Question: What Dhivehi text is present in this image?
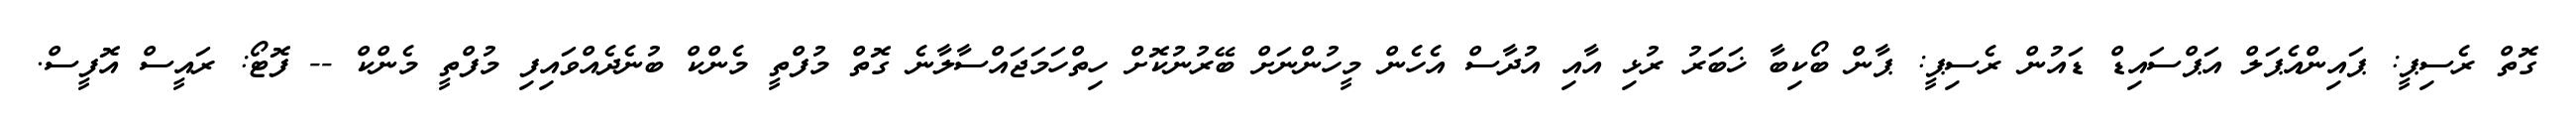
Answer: ގޮތް ރެސިޕީ: ޕައިންއެޕަލް އަޕްސައިޑް ޑައުން ރެސިޕީ: ޕާން ބޯކިބާ ޚަބަރު ރުޅި އާއި އުދާސް އެހެން މީހުންނަށް ބޭރުނުކޮށް ހިތްހަމަޖައްސާލާނެ ގޮތް މުފްތީ މެންކް ބުނެދެއްވައިފި މުފްތީ މެންކް -- ފޮޓޯ: ރައީސް އޮފީސް.